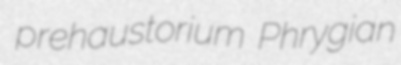
prehaustorium Phrygian